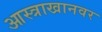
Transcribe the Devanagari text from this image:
आस्त्राखानवर